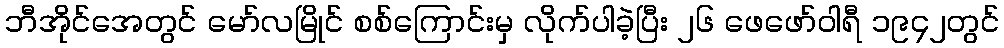
ဘီအိုင်အေတွင် မော်လမြိုင် စစ်ကြောင်းမှ လိုက်ပါခဲ့ပြီး ၂၆ ဖေဖော်ဝါရီ ၁၉၄၂တွင်